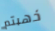
ذهبتم